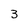
Character: 3